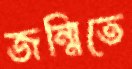
জন্মিতে